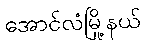
အောင်လံမြို့နယ်